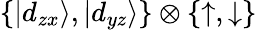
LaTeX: \{ |d_{zx}\rangle,|d_{yz}\rangle\} \otimes\{ \uparrow,\downarrow\}